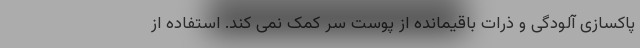
پاکسازی آلودگی و ذرات باقیمانده از پوست سر کمک نمی کند. استفاده از